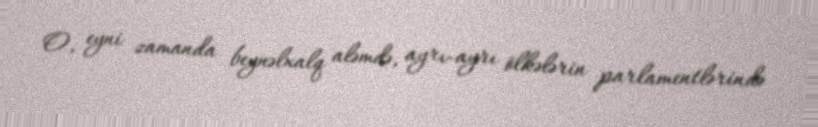
O, eyni zamanda beynəlxalq aləmdə, ayrı-ayrı ölkələrin parlamentlərində